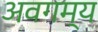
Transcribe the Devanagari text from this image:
अवगम्य